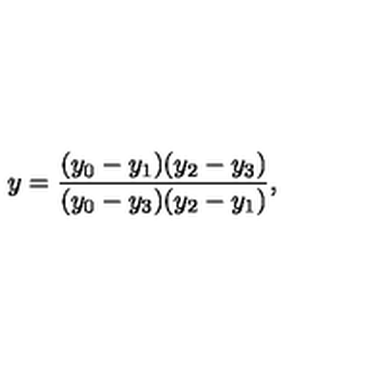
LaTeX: y = \frac { ( y _ { 0 } - y _ { 1 } ) ( y _ { 2 } - y _ { 3 } ) } { ( y _ { 0 } - y _ { 3 } ) ( y _ { 2 } - y _ { 1 } ) } ,